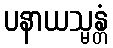
ပနာယသ္မန္တံ